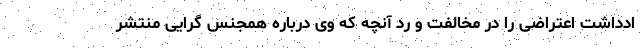
ادداشت اعتراضی را در مخالفت و رد آنچه که وی درباره همجنس گرایی منتشر